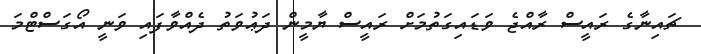
ޗައިނާގެ ރައީސް ރާއްޖެ ވަޑައިގަތުމަށް ރައީސް ޔާމީން ދަޢުވަތު ދެއްވާފައި ވަނީ އޯގަސްޓްމަ